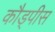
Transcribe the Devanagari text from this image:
कौड्पीस